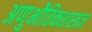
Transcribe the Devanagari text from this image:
अणुभौतिकशास्त्रज्ञ